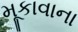
મૂકાવાના